system: You are a helpful assistant.
user:
Analyze the provided spectrum to determine if it is a **White Dwarf (WD)**.

A White Dwarf spectrum is defined by its **extreme purity** (due to gravitational settling) and/or **extreme pressure broadening** (due to high surface gravity). You must check for one of the following mutually exclusive signatures:

- **Key Visual Indicators (Check for ONE of these types):**

    - **1. DA-Type Signature (Most Common):**
        - **(Primary Feature):** Extreme pressure broadening (Stark broadening) of the **Hydrogen (H) Balmer lines**.
        - **(Key Lines):** $H\beta$ (approx. $4861$ Å) and $H\gamma$ (approx. $4340$ Å). $H\alpha$ (approx. $6563$ Å) will also be present if the wavelength range covers it.
        - **(Line Profile):** This is the **defining feature**. The lines are **NOT** sharp. They appear as massive, **extremely broad and deep "troughs" or "dips"** in the spectrum, often hundreds of Ångströms wide. The continuum will appear to "scoop" down at these wavelengths.
        - **(Distinction):** Normal A-type or B-type stars have *narrow* and *sharp* Hydrogen lines. A DA White Dwarf's lines are unmistakably "smeared" or "blurry" from pressure.

    - **2. DB-Type Signature:**
        - **(Primary Feature):** Broad absorption lines from **Neutral Helium (He I)**. The spectrum must lack any visible Hydrogen lines.
        - **(Key Lines):** Look for broad absorption near $4471$ Å, $4921$ Å, and $5876$ Å.
        - **(Line Profile):** These lines are also significantly pressure-broadened, appearing much wider than they would in a normal B-type main-sequence star.

    - **3. DC-Type Signature:**
        - **(Primary Feature):** A **featureless continuous spectrum**.
        - **(Line Profile):** The spectrum is a smooth curve with **no significant absorption or emission lines**.
        - **(Key Confirmation):** The continuum is almost always **blue or white**, indicating a hot object. This signature implies the atmosphere is so pure (or so cool) that no spectral lines are visible in the optical range. Its WD identity is confirmed by its extremely low intrinsic brightness (high absolute magnitude).

    - **4. DZ-Type Signature (Metal-Polluted):**
        - **(Primary Feature):** **Isolated, narrow metal absorption lines** on an otherwise featureless (DC-like) continuum.
        - **(Key Lines):** The **Calcium (Ca II) H & K doublet** (approx. **$3934$ Å** and **$3968$ Å**) is the most common and defining feature.
        - **(Line Profile):** These lines are "out of place." They are *not* part of a "forest" of thousands of lines. This signature is evidence of recent *accretion* (pollution) from rocky debris.
        - **(Distinction):** Normal G/K/M stars have a *dense forest* of thousands of metal lines. A DZ has a *clean* continuum with *only a few* strong metal lines.

    - **5. DQ-Type Signature (Carbon-Polluted):**
        - **(Primary Feature):** Absorption bands from **Carbon (C₂ "Swan Bands" or atomic C I)**.
        - **(Key Lines - C₂):** Look for bandheads with a "saw-tooth" shape near $5635$ Å, **$5165$ Å** (strongest), and $4737$ Å.
        - **(Key Confirmation):** The underlying **continuum must be blue or white** (hot).
        - **(Distinction):** This is the critical difference from a **Carbon Star**, which has the *exact same* C₂ bands but on an extremely **red, cool** continuum.

- **(Overall Spectrum):**
    - The continuum (overall shape) is typically **blue-sloping** (brighter in the blue than the red), as most white dwarfs are very hot.
    - The spectrum will look "pure" or "simple," dominated by only *one* of the five signatures listed above.

Think first, call **spectral_visualization_tool** if needed to examine features in detail, then provide your final answer. Your response must adhere to the following strict rules:
1.  **Overall Structure:** Your response must follow the format `<think>...</think> <tool_call>...</tool_call> (if a tool is used) <answer>...</answer>`.
2.  **Tool Usage Constraint:** You may only make **one** tool call per turn.
3.  **Final Answer Format:** In the `<answer>` tag, your conclusion must be inside a `\boxed{}` command (e.g., `\boxed{YES}` or `\boxed{NO}`), followed by your justification.

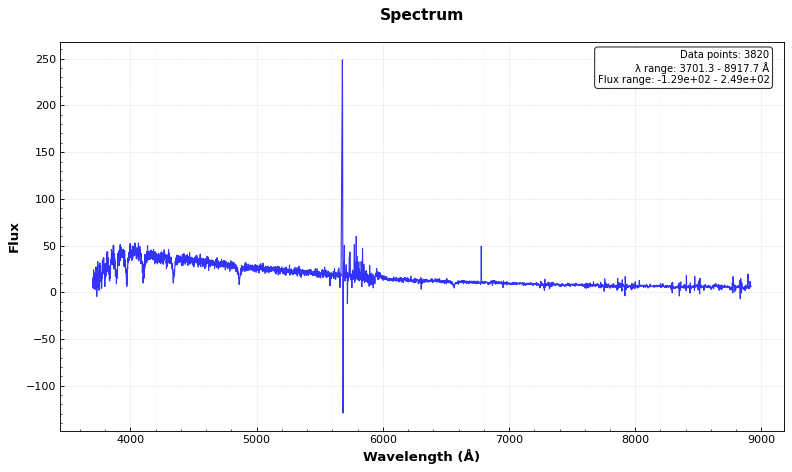
Answer: NO